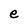
Character: e